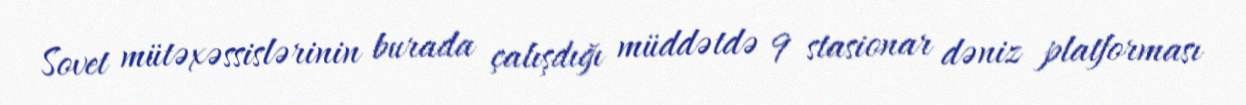
Sovet mütəxəssislərinin burada çalışdığı müddətdə 9 stasionar dəniz platforması